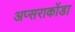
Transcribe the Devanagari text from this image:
अप्सराकोंडा